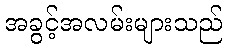
အခွင့်အလမ်းများသည်